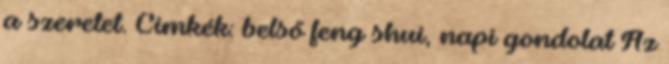
a szeretet. Címkék: belső feng shui, napi gondolat Az